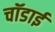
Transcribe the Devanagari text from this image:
चॉडाई